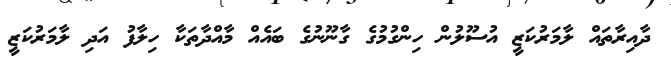
ދާއިރާތައް ލާމަރުކަޒީ އުސޫލުން ހިންގުމުގެ ގާނޫނުގެ ބައެއް މާއްދާތަކާ ހިލާފު އަދި ލާމަރުކަޒީ